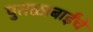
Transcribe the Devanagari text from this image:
पुतळाबाईंचे